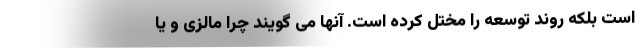
است بلکه روند توسعه را مختل کرده است. آنها می گویند چرا مالزی و یا